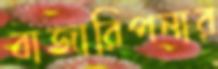
বাজারিপনার